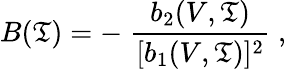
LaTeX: B(\mathfrak{T})=-\; {\frac{{b_{2}(V,\mathfrak{T})}}{{[b_{1}(V,\mathfrak{T})]^{2}}}}\; ,